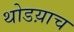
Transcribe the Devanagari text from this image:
थोडय़ाच